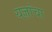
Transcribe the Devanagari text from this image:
यज्ञांचा